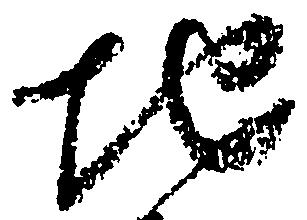
地